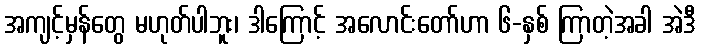
အကျင့်မှန်တွေ မဟုတ်ပါဘူး၊ ဒါကြောင့် အလောင်းတော်ဟာ ၆-နှစ် ကြာတဲ့အခါ အဲဒီ